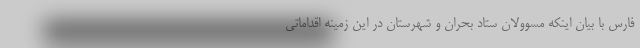
فارس با بیان اینکه مسوولان ستاد بحران و شهرستان در این زمینه اقداماتی